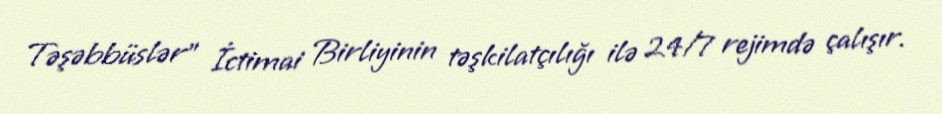
Təşəbbüslər” İctimai Birliyinin təşkilatçılığı ilə 24/7 rejimdə çalışır.